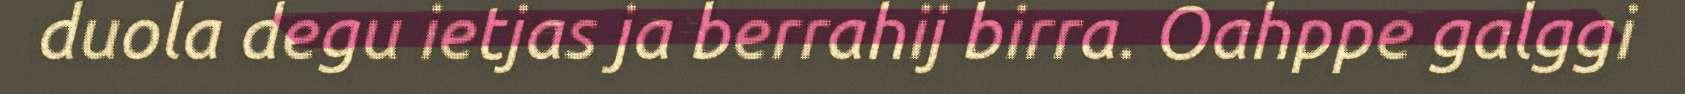
duola degu ietjas ja berrahij birra. Oahppe galggi